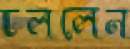
ঢললেন